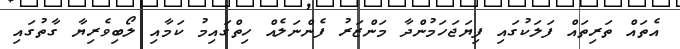
އެތައް ތަރިތައް ފަލަކުގައި ފިޔަޖަހަމުންދާ މަންޒަރު ފެންނަލެއް ހިތްގައިމު ކަމާއި ލޯބިވެރިޔާ ގާތުގައި